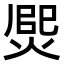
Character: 㷗